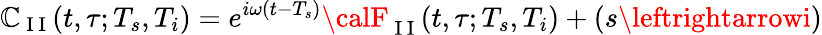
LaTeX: \mathbb{C}_{\mathrm{{~I~I~}}}(t,\tau;T_{s},T_{i})=e^{i\omega(t-T_{s})}{\calF}_{\mathrm{{~I~I~}}}(t,\tau;T_{s},T_{i})+(s\leftrightarrowi)